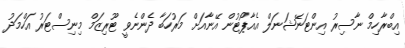
އިބްރާހިމް ނާސިރު އިންޓަނޭޝަނަލް އެެއާޕޯޓުން އޭނާއަށް މަރުހަބާ ދެންނެވީ ޓޫރިޒަމް މިނިސްޓަރު އަހްމަދު